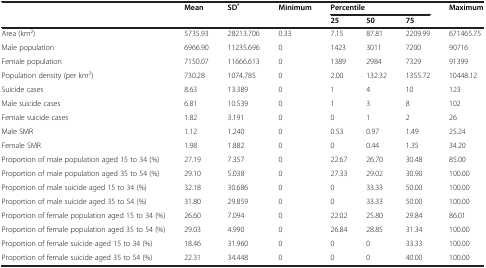
<table><thead><tr><td><b> </b></td><td><b>Mean</b></td><td><b>SD<sup>*</sup></b></td><td><b>Minimum</b></td><td colspan="3"><b>Percentile</b></td><td><b>Maximum</b></td></tr><tr><td><b> </b></td><td><b> </b></td><td><b> </b></td><td><b> </b></td><td><b>25</b></td><td><b>50</b></td><td><b>75</b></td><td><b> </b></td></tr></thead><tbody><tr><td>Area (km<sup>2</sup>)</td><td>5735.93</td><td>28213.706</td><td>0.33</td><td>7.15</td><td>87.81</td><td>2209.99</td><td>671465.75</td></tr><tr><td>Male population</td><td>6966.90</td><td>11235.696</td><td>0</td><td>1423</td><td>3011</td><td>7200</td><td>90716</td></tr><tr><td>Female population</td><td>7150.07</td><td>11666.613</td><td>0</td><td>1389</td><td>2984</td><td>7329</td><td>91399</td></tr><tr><td>Population density (per km<sup>2</sup>)</td><td>730.28</td><td>1074.785</td><td>0</td><td>2.00</td><td>132.32</td><td>1355.72</td><td>10448.12</td></tr><tr><td>Suicide cases</td><td>8.63</td><td>13.389</td><td>0</td><td>1</td><td>4</td><td>10</td><td>123</td></tr><tr><td>Male suicide cases</td><td>6.81</td><td>10.539</td><td>0</td><td>1</td><td>3</td><td>8</td><td>102</td></tr><tr><td>Female suicide cases</td><td>1.82</td><td>3.191</td><td>0</td><td>0</td><td>1</td><td>2</td><td>26</td></tr><tr><td>Male SMR</td><td>1.12</td><td>1.240</td><td>0</td><td>0.53</td><td>0.97</td><td>1.49</td><td>25.24</td></tr><tr><td>Female SMR</td><td>1.98</td><td>1.882</td><td>0</td><td>0</td><td>0.44</td><td>1.35</td><td>34.20</td></tr><tr><td>Proportion of male population aged 15 to 34 (%)</td><td>27.19</td><td>7.357</td><td>0</td><td>22.67</td><td>26.70</td><td>30.48</td><td>85.00</td></tr><tr><td>Proportion of male population aged 35 to 54 (%)</td><td>29.10</td><td>5.038</td><td>0</td><td>27.33</td><td>29.02</td><td>30.90</td><td>100.00</td></tr><tr><td>Proportion of male suicide aged 15 to 34 (%)</td><td>32.18</td><td>30.686</td><td>0</td><td>0</td><td>33.33</td><td>50.00</td><td>100.00</td></tr><tr><td>Proportion of male suicide aged 35 to 54 (%)</td><td>31.80</td><td>29.859</td><td>0</td><td>0</td><td>33.33</td><td>50.00</td><td>100.00</td></tr><tr><td>Proportion of female population aged 15 to 34 (%)</td><td>26.60</td><td>7.094</td><td>0</td><td>22.02</td><td>25.80</td><td>29.84</td><td>86.01</td></tr><tr><td>Proportion of female population aged 35 to 54 (%)</td><td>29.03</td><td>4.990</td><td>0</td><td>26.84</td><td>28.85</td><td>31.34</td><td>100.00</td></tr><tr><td>Proportion of female suicide aged 15 to 34 (%)</td><td>18.46</td><td>31.960</td><td>0</td><td>0</td><td>0</td><td>33.33</td><td>100.00</td></tr><tr><td>Proportion of female suicide aged 35 to 54 (%)</td><td>22.31</td><td>34.448</td><td>0</td><td>0</td><td>0</td><td>40.00</td><td>100.00</td></tr></tbody></table>